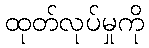
ထုတ်လုပ်မှုကို